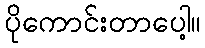
ပိုကောင်းတာပေါ့။